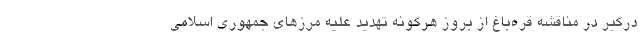
درگیر در مناقشه قره‌باغ از بروز هرگونه تهدید علیه مرزهای جمهوری اسلامی